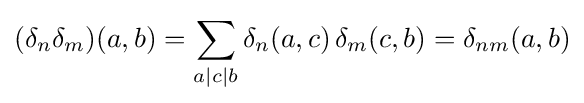
(\delta _{n}\delta _{m})(a,b)=\sum _{a|c|b}\delta _{n}(a,c)\,\delta _{m}(c,b)=\delta _{nm}(a,b)